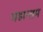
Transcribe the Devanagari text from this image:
महान्तम